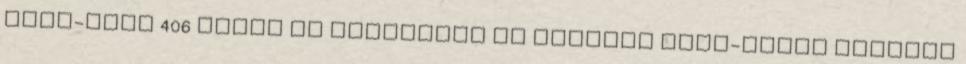
ÉNEK-ZENE 406 CÉLOK ÉS FELADATOK Az iskolai ének-zenei nevelés